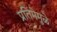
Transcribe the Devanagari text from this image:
प्रतिमेमुळे